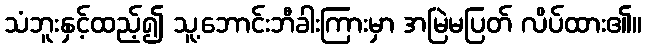
သံဘူးနှင့်ထည့်၍ သူ့ဘောင်းဘီခါးကြားမှာ အမြဲမပြတ် လိပ်ထား၏။